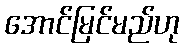
အောင်မြင်မည်ဟု